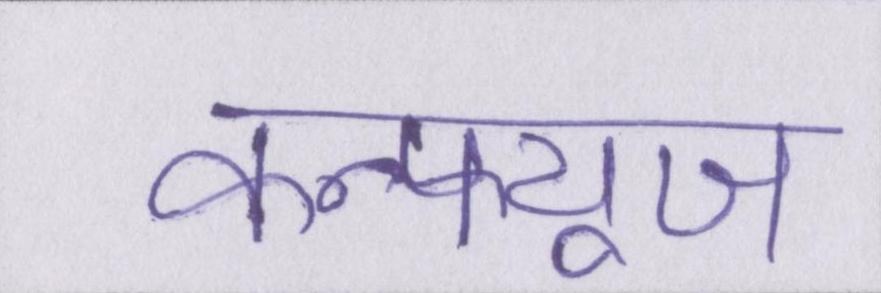
कन्फ्यूज